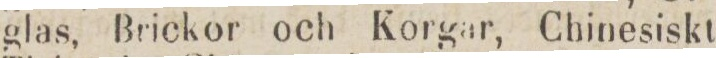
glas, Brickor och Korgar, Chinesiskt